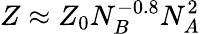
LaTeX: Z\approx Z_{0}N_{B}^{-0.8}N_{A}^{2}